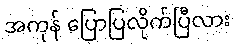
အကုန် ပြောပြလိုက်ပြီလား